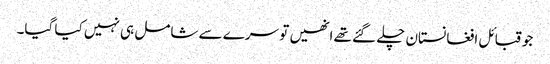
جو قبائل افغانستان چلے گئے تھے انھیں تو سرے سے شامل ہی نہیں کیا گیا۔